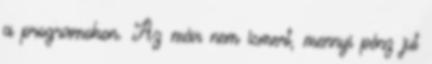
a programokon. Az már nem ismert, mennyi pénz jut